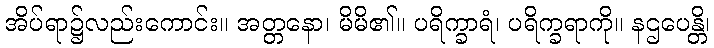
အိပ်ရာ၌လည်းကောင်း။ အတ္တနော၊ မိမိ၏။ ပရိက္ခာရံ၊ ပရိက္ခရာကို။ နဌပေန္တိ၊